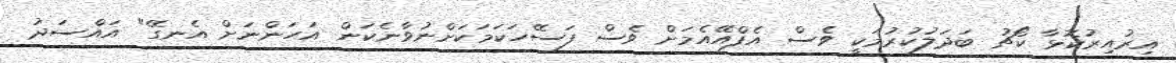
އިރުއިރުކޮޅާ ކޯޗު ބަދަލުކުރުމަކީ ވެސް އެފްއޭއެމަށް ވެސް ފަސޭހަކަމަކަށްނުވާނެކަން އަހަންނަށް އެނގޭ" އައްސަދު